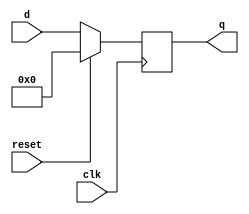
module FlipFlop(
   input  clk , reset,
   input  [7:0] d,
   output [7:0] q
   );
 
 reg [7:0] q;
   
// Write your code
always @ (posedge clk) begin
    if (reset == 1'b1)
        q = 8'h00;
    else 
        q = d;   
end
endmodule